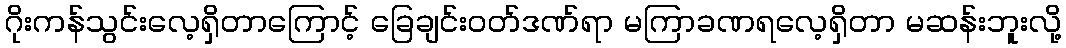
ဂိုးကန်သွင်းလေ့ရှိတာကြောင့် ခြေချင်းဝတ်ဒဏ်ရာ မကြာခဏရလေ့ရှိတာ မဆန်းဘူးလို့